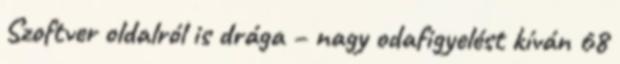
Szoftver oldalról is drága – nagy odafigyelést kíván 68